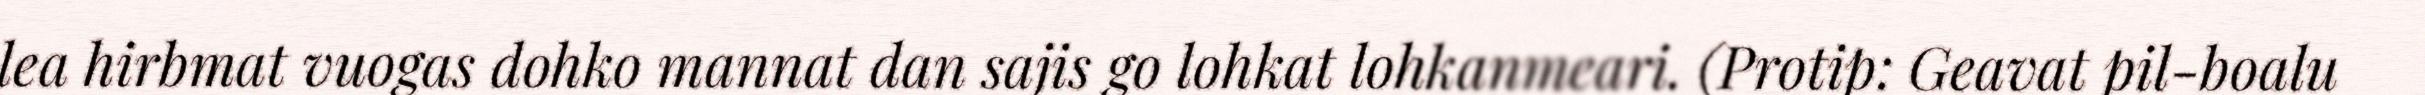
lea hirbmat vuogas dohko mannat dan sajis go lohkat lohkanmeari. (Protip: Geavat pil-boalu